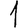
Digit: 1